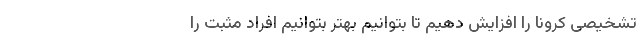
تشخیصی کرونا را افزایش دهیم تا بتوانیم بهتر بتوانیم افراد مثبت را